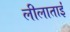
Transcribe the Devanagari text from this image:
लीलाताईं